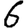
Digit: 6